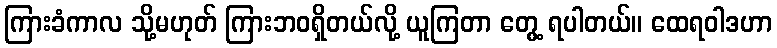
ကြားခံကာလ သို့မဟုတ် ကြားဘဝရှိတယ်လို့ ယူကြတာ တွေ့ ရပါတယ်။ ထေရဝါဒဟာ